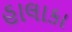
હાલાકા